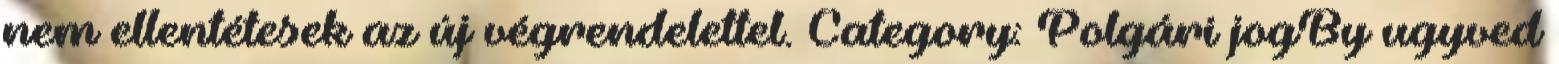
nem ellentétesek az új végrendelettel. Category: Polgári jogBy ugyved